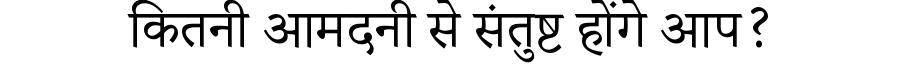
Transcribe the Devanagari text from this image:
कितनी आमदनी से संतुष्ट होंगे आप?